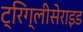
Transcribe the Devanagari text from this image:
ट्रिग्लीसेराइड